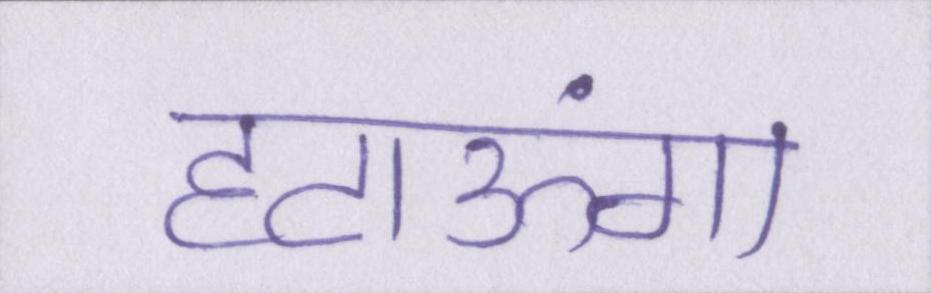
हटाऊंगा